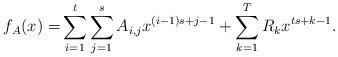
LaTeX: \begin{align*}f_A(x) = & \sum_{i=1}^t\sum_{j=1}^s A_{i,j}x^{(i-1)s+j-1} + \sum_{k=1}^{T} R_kx^{ts+k-1}.\end{align*}